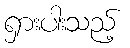
ရှားပါးသည့်